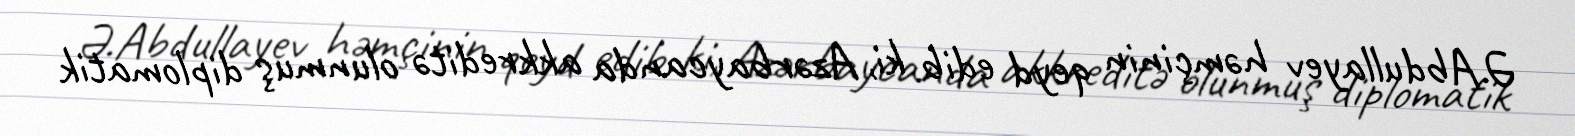
Ə.Abdullayev həmçinin qeyd edib ki, Azərbaycanda akkreditə olunmuş diplomatik